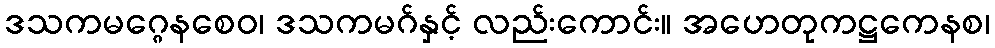
ဒသကမဂ္ဂေနစေဝ၊ ဒသကမဂ်နှင့် လည်းကောင်း။ အဟေတုကဋ္ဌကေနစ၊